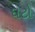
ઘટો